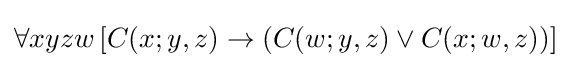
\forall xyzw\,[C(x;y,z)\rightarrow (C(w;y,z)\vee C(x;w,z))]